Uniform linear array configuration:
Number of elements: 32
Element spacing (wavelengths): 0.5
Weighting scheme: binomial
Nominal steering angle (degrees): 0
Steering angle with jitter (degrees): -0.1037
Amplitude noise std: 0.05
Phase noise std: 0.05

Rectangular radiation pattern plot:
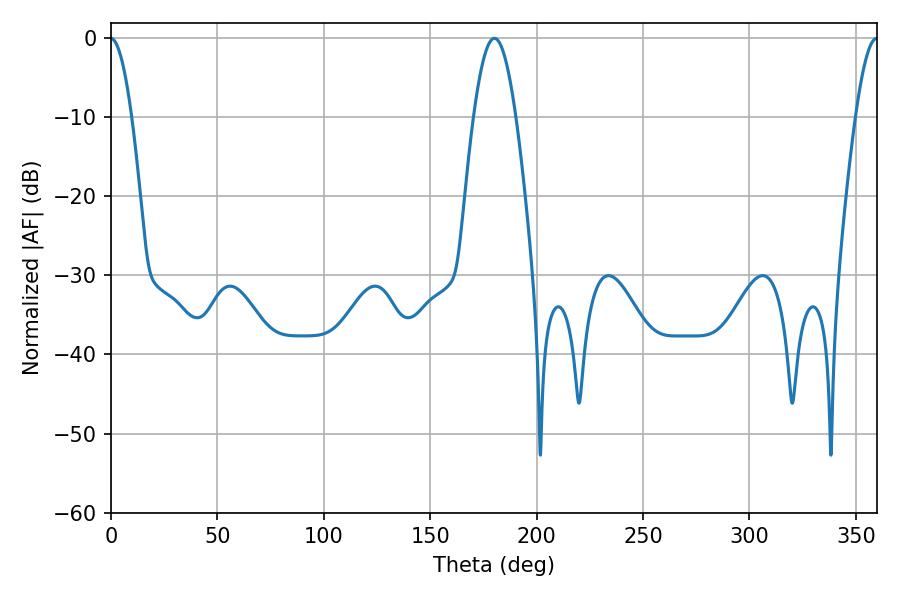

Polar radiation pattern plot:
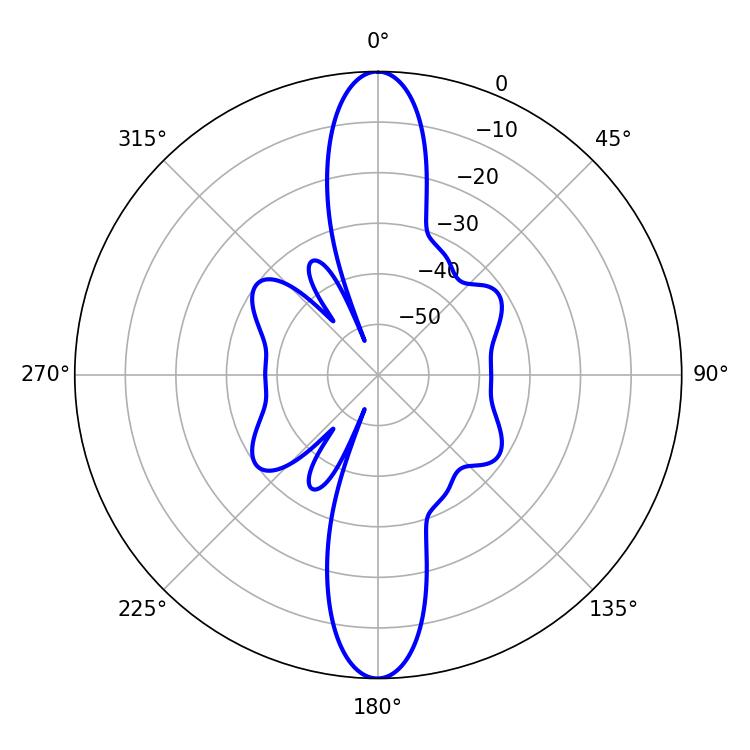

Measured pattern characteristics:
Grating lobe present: FALSE
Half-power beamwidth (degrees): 10.8
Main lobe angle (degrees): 180.18